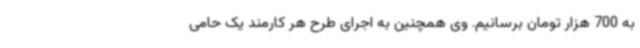
به 700 هزار تومان برسانیم. وی همچنین به اجرای طرح هر کارمند یک حامی